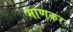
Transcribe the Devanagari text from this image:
माणकर